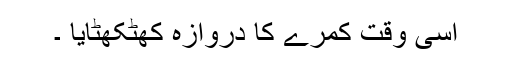
اسی وقت کمرے کا دروازہ کھٹکھٹایا ۔